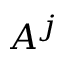
A ^ { j }